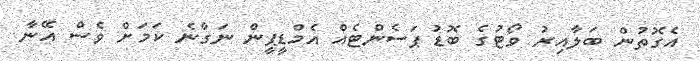
އެގޮތުން ބަލާއިރު ވޯޓުގެ ބޮޑު ޕަސެންޓެއް އެމްޑީޕީން ނަގާނެ ކަމަށް ވެސް އޭނާ